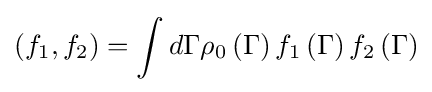
\left(f_{1},f_{2}\right)=\int d\Gamma \rho _{0}\left(\Gamma \right)f_{1}\left(\Gamma \right)f_{2}\left(\Gamma \right)